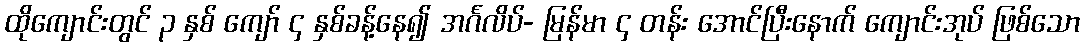
ထိုကျောင်းတွင် ၃ နှစ် ကျော် ၄ နှစ်ခန့်နေ၍ အင်္ဂလိပ်- မြန်မာ ၄ တန်း အောင်ပြီးနောက် ကျောင်းအုပ် ဖြစ်သော